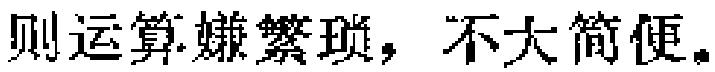
则运算嫌繁琐，不大简便。